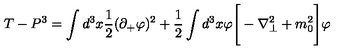
T - P ^ { 3 } = \int d ^ { 3 } x { \frac { 1 } { 2 } } ( \partial _ { + } \varphi ) ^ { 2 } + { \frac { 1 } { 2 } } \int d ^ { 3 } x \varphi \Bigg [ - \nabla _ { \perp } ^ { 2 } + m _ { 0 } ^ { 2 } \Bigg ] \varphi